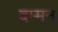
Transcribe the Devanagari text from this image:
बम्मन